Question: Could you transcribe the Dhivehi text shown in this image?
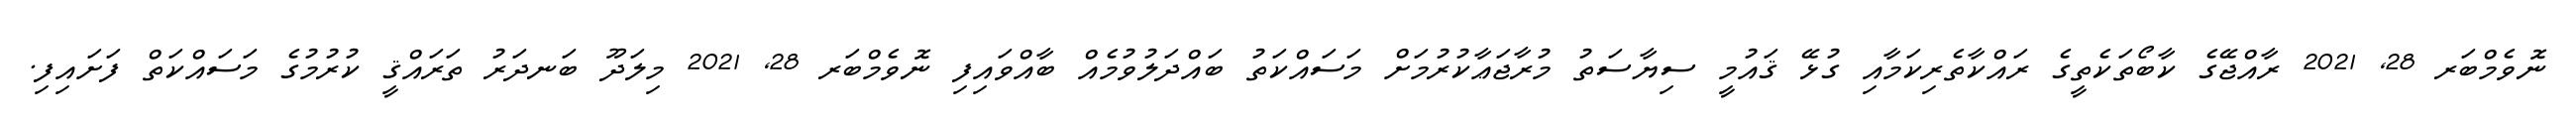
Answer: ނޮވެމްބަރ 28, 2021 ރާއްޖޭގެ ކާބޯތަކެތީގެ ރައްކާތެރިކަމާއި ގުޅޭ ޤައުމީ ސިޔާސަތު މުރާޖަޢާކުރުމަށް މަސައްކަތު ބައްދަލުވުމެއް ބާއްވައިފި ނޮވެމްބަރ 28, 2021 މިލަދޫ ބަނދަރު ތަރައްޤީ ކުރުމުގެ މަސައްކަތް ފަށައިފި.